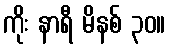
ကိုး နာရီ မိနစ် ၃၀။